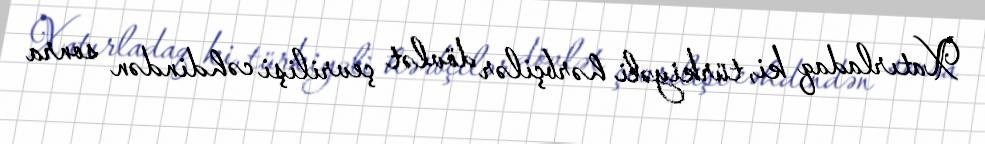
Xatırladaq ki, türkiyəli hərbçilər dövlət çevrilişi cəhdindən sonra